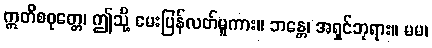
ဣတိစဝုတ္တေ၊ ဤသို့ မေးပြန်လတ်မူကား။ ဘန္တေ၊ အရှင်ဘုရား။ မမ၊